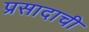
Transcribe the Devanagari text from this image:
प्रसादाची